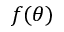
f ( \theta )